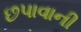
છપાવાની